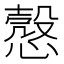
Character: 𢡱